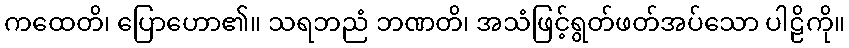
ကထေတိ၊ ပြောဟော၏။ သရဘညံ ဘဏတိ၊ အသံဖြင့်ရွတ်ဖတ်အပ်သော ပါဠိကို။